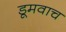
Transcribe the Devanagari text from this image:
डूमवाच